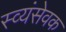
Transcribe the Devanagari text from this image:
स्व्यंसेवक